system: You are a helpful assistant.
user:
Analyze the provided spectrum to determine if it is a **S-type Star**.

- **Key Indicators for S-type Star:**

    - **(Overall Spectrum Shape):** The first and most obvious characteristic is the overall continuum (the "baseline" shape). It is **extremely "red-sloping,"** meaning the flux (light intensity) is very low on the left side (blue, ~4000-4500 Å) and rises steeply and continuously toward the right side (red, ~7000 Å+).

    - **(Primary):** The spectrum is defined by the presence of strong, broad molecular absorption "valleys" (bands) from **Zirconium Oxide (ZrO)**. The identification of these bands is the **primary requirement** for classifying a star as S-type.
        - **(Key Bandheads):** You must find distinct, deep "dips" where the light has been absorbed. The most critical band systems to locate are:
            - **~6474 Å** ($\gamma$-system): This is often the strongest and clearest ZrO feature, found in the red part of the spectrum.
            - **~5718 Å** & **~5551 Å** ($\beta$-system): A pair of prominent absorption features in the yellow-orange part of the spectrum.
            - **~4640 Å** ($\alpha$-system): A key absorption band system in the blue-green region of the spectrum.

    - **(Secondary Confirmation):** The classification is strengthened by finding additional absorption bands from other related heavy element oxides, which are expected to be present alongside ZrO.
        - **(Key Bandheads):**
            - **Yttrium Oxide (YO):** Look for absorption dips near **~4800 Å** and **~6100 Å**.
            - **Lanthanum Oxide (LaO):** Additional absorption features, particularly in the red-orange part of the spectrum, are also characteristic.

    - **(Line Profile):** The combination of the steep red continuum and these numerous, deep molecular bands (ZrO, YO, etc.) gives the entire spectrum a very **"chopped-up"** or **"bumpy"** appearance. Instead of a smooth curve, the spectrum looks as though large, wide chunks of light have been "carved out" of it at the specific wavelengths listed above.

Think first, call **spectral_visualization_tool** if needed to examine features in detail, then provide your final answer. Your response must adhere to the following strict rules:
1.  **Overall Structure:** Your response must follow the format `<think>...</think> <tool_call>...</tool_call> (if a tool is used) <answer>...</answer>`.
2.  **Tool Usage Constraint:** You may only make **one** tool call per turn.
3.  **Final Answer Format:** In the `<answer>` tag, your conclusion must be inside a `\boxed{}` command (e.g., `\boxed{YES}` or `\boxed{NO}`), followed by your justification.

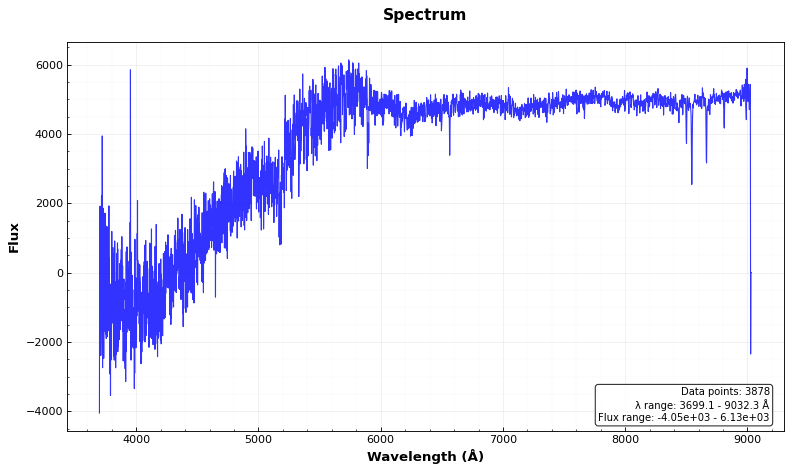
Answer: NO